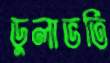
ডুলাভর্তি